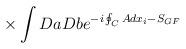
LaTeX: \begin{align*}{}~~~~~\times \int DaDb e^{- i \oint_{C} Adx_i - S_{GF}}\end{align*}